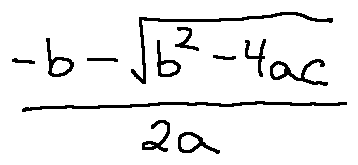
\frac { - b - \sqrt { b ^ { 2 } - 4 a c } } { 2 a }